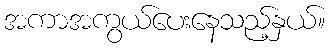
အကာအကွယ်ပေးနေသည့်နှယ်။